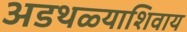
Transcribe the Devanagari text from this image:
अडथळ्याशिवाय